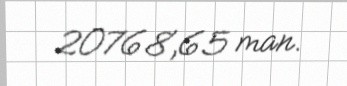
20768,65 man.